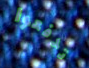
تدفعوا